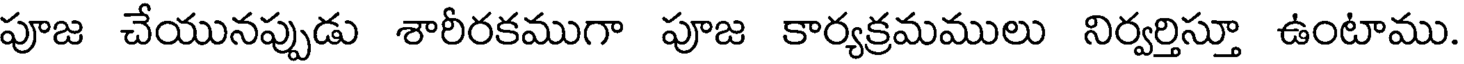
పూజ చేయునప్పుడు శారీరకముగా పూజ కార్యక్రమములు నిర్వర్తిస్తూ ఉంటాము.